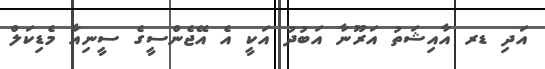
އަދި ޑރ އާއިޝަތު އަރޫނާ އަބުދު އަކީ އެ އޭޖެންސީގެ ސީނިއާ މެޑިކަލް